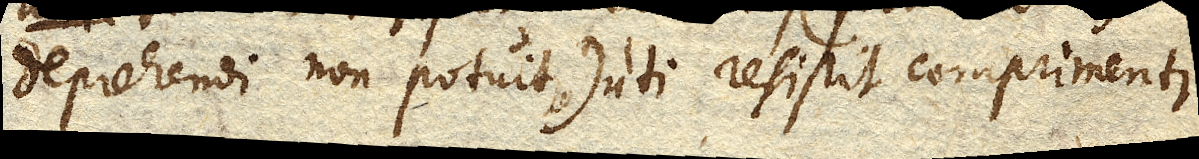
deprehendi non potuit) uti resistit comprimenti,